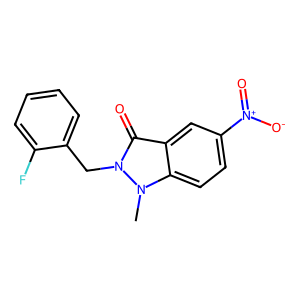
SMILES: Cn1c2ccc([N+](=O)[O-])cc2c(=O)n1Cc1ccccc1F
Inhibits HIV replication: No